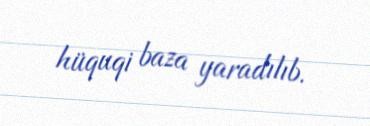
hüquqi baza yaradılıb.